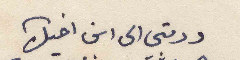
ودمتي الى ابن اخيك